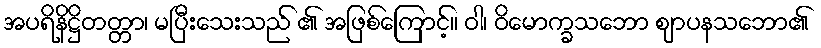
အပရိနိဋ္ဌိတတ္တာ၊ မပြီးသေးသည် ၏ အဖြစ်ကြောင့်။ ဝါ၊ ဝိမောက္ခသဘော ဈာပနသဘော၏